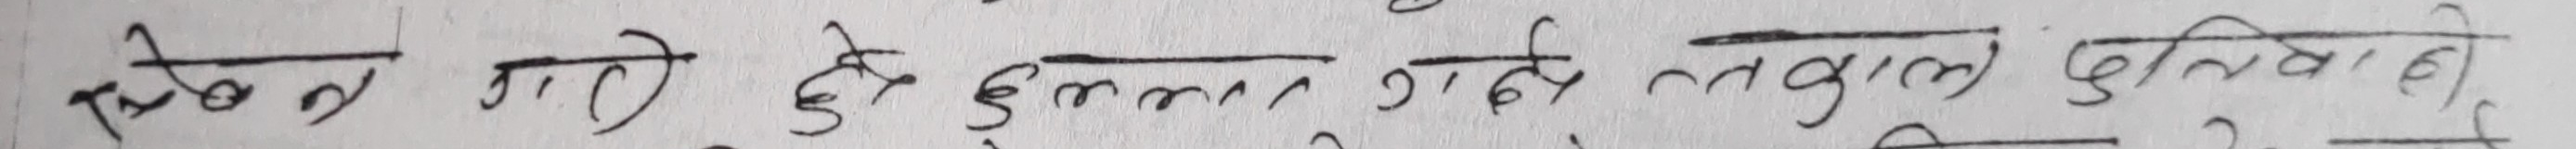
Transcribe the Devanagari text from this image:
एकल गए दुहल्ला, गरे लगान पुलिसले